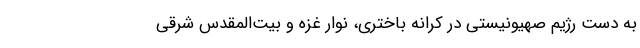
به دست رژیم صهیونیستی در کرانه باختری، نوار غزه و بیت‌المقدس شرقی